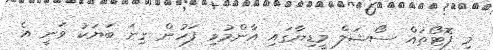
މި ފޮޓޯތައް ސޯޝަލް މީޑިޔާގައި އާންމުވި ފަހުން ގިނަ ބަޔަކު ވަނީ އެ